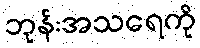
ဘုန်းအသရေကို